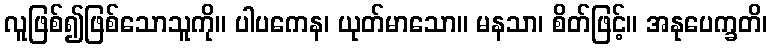
လူဖြစ်၍ဖြစ်သောသူကို။ ပါပကေန၊ ယုတ်မာသော။ မနသာ၊ စိတ်ဖြင့်။ အနုပေက္ခတိ၊